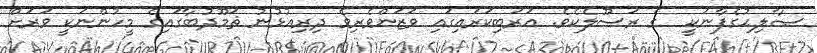
ޞާލިޙުގެފާނަކީ  ގެ ރަސޫލެކެވެ. ޢަރަބިކަރައިގައި ވަޒަންވެރިވެ ދިރިއުޅުނު ޘަމޫދުބާގައިގެ މީހުންނަކީ ވަރަށް